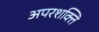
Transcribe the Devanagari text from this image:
अपरशक्ति